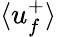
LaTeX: \langle u_{f}^{+}\rangle